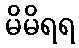
မိမိရရ